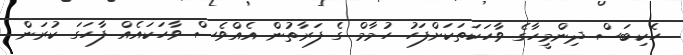
ހެކިބަސް ދިންމީހާގެ ވާހަކަތަކަށްފަހު ހުމާމް ގެ ފަރާތުން އެއްވެސް ވާހަކައެއް ފާހަގަ ކުރަން